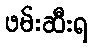
ဖမ်းဆီးရ